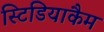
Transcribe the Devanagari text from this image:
स्टिडियाकैम